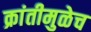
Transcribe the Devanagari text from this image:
क्रांतीमुळेच